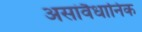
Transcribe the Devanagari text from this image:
असांवैधानिक